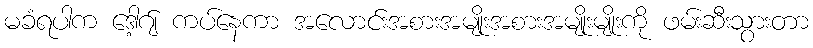
မခံရပါက ဒေါ့ဂ်ျ ကပ်နေကာ အလောင်းအစားအမျိုးအစားအမျိုးမျိုးကို ဖမ်းဆီးသွားတာ